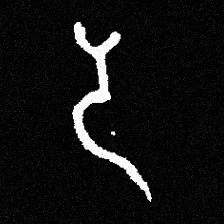
Pyu character \u2014 Myanmar letter: ဒ (romanized: da)